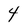
Character: 4